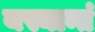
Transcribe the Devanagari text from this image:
यस्यान्तं